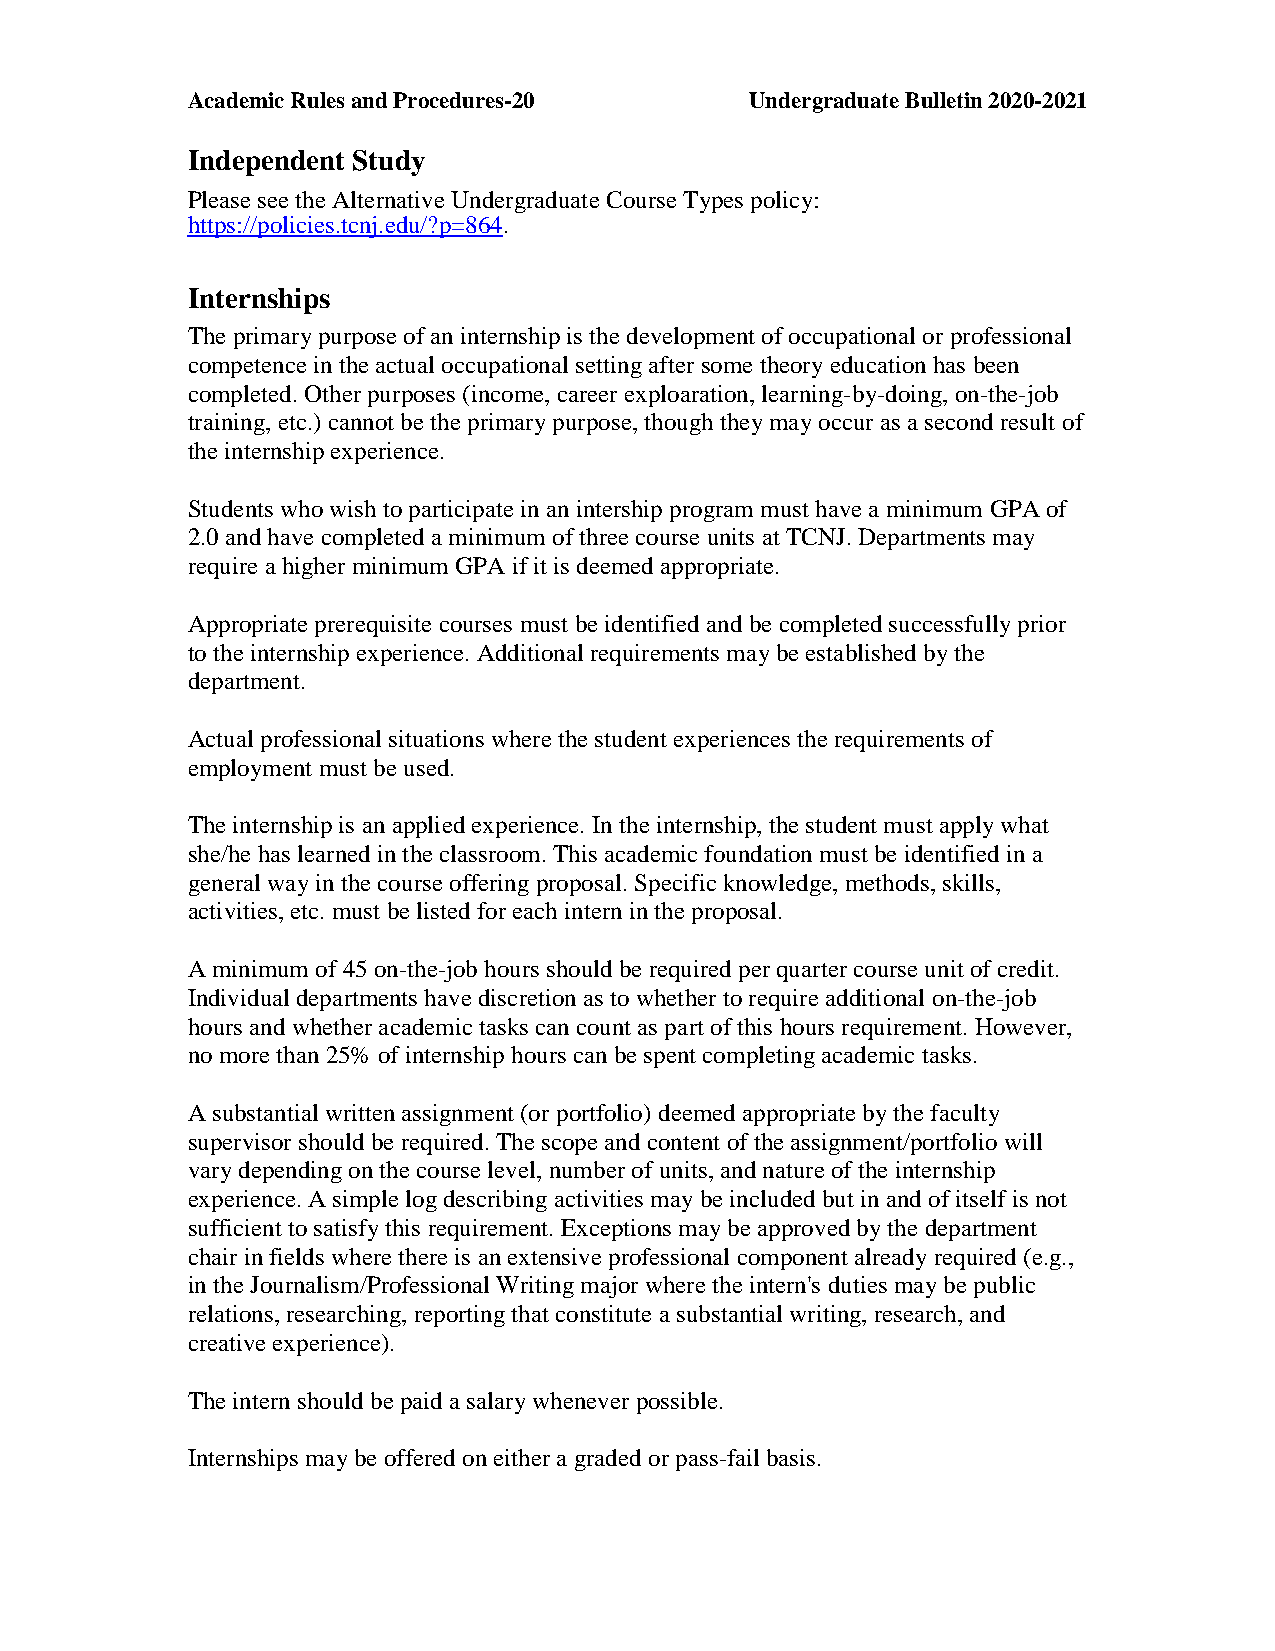
Academic Rules and Procedures-20      Undergraduate Bulletin 2020-2021
 Independent Study
 Please see the Alternative Undergraduate Course Types policy:
 https://policies.tcnj.edu/?p=864.
 Internships
 The primary purpose of an internship is the development of occupational or professional
 competence in the actual occupational setting after some theory education has been
 completed. Other purposes (income, career exploaration, learning-by-doing, on-the-job
 training, etc.) cannot be the primary purpose, though they may occur as a second result of
 the internship experience.
 Students who wish to participate in an intership program must have a minimum GPA of
 2.0 and have completed a minimum of three course units at TCNJ. Departments may
 require a higher minimum GPA if it is deemed appropriate.
 Appropriate prerequisite courses must be identified and be completed successfully prior
 to the internship experience. Additional requirements may be established by the
 department.
 Actual professional situations where the student experiences the requirements of
 employment must be used.
 The internship is an applied experience. In the internship, the student must apply what
 she/he has learned in the classroom. This academic foundation must be identified in a
 general way in the course offering proposal. Specific knowledge, methods, skills,
 activities, etc. must be listed for each intern in the proposal.
 A minimum of 45 on-the-job hours should be required per quarter course unit of credit.
 Individual departments have discretion as to whether to require additional on-the-job
 hours and whether academic tasks can count as part of this hours requirement. However,
 no more than 25% of internship hours can be spent completing academic tasks.
 A substantial written assignment (or portfolio) deemed appropriate by the faculty
 supervisor should be required. The scope and content of the assignment/portfolio will
 vary depending on the course level, number of units, and nature of the internship
 experience. A simple log describing activities may be included but in and of itself is not
 sufficient to satisfy this requirement. Exceptions may be approved by the department
 chair in fields where there is an extensive professional component already required (e.g.,
 in the Journalism/Professional Writing major where the intern's duties may be public
 relations, researching, reporting that constitute a substantial writing, research, and
 creative experience).
 The intern should be paid a salary whenever possible.
 Internships may be offered on either a graded or pass-fail basis.